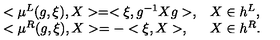
\begin{array} { l l } { < \mu ^ { L } ( g , \xi ) , X > = < \xi , g ^ { - 1 } X g > , } & { X \in h ^ { L } , } \\ { < \mu ^ { R } ( g , \xi ) , X > = - < \xi , X > , } & { X \in h ^ { R } . } \\ \end{array}